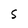
Character: S